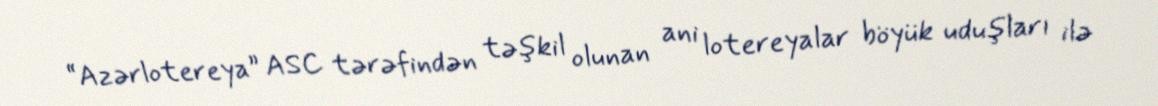
“Azərlotereya” ASC tərəfindən təşkil olunan ani lotereyalar böyük uduşları ilə